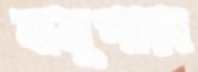
বানুপাড়া